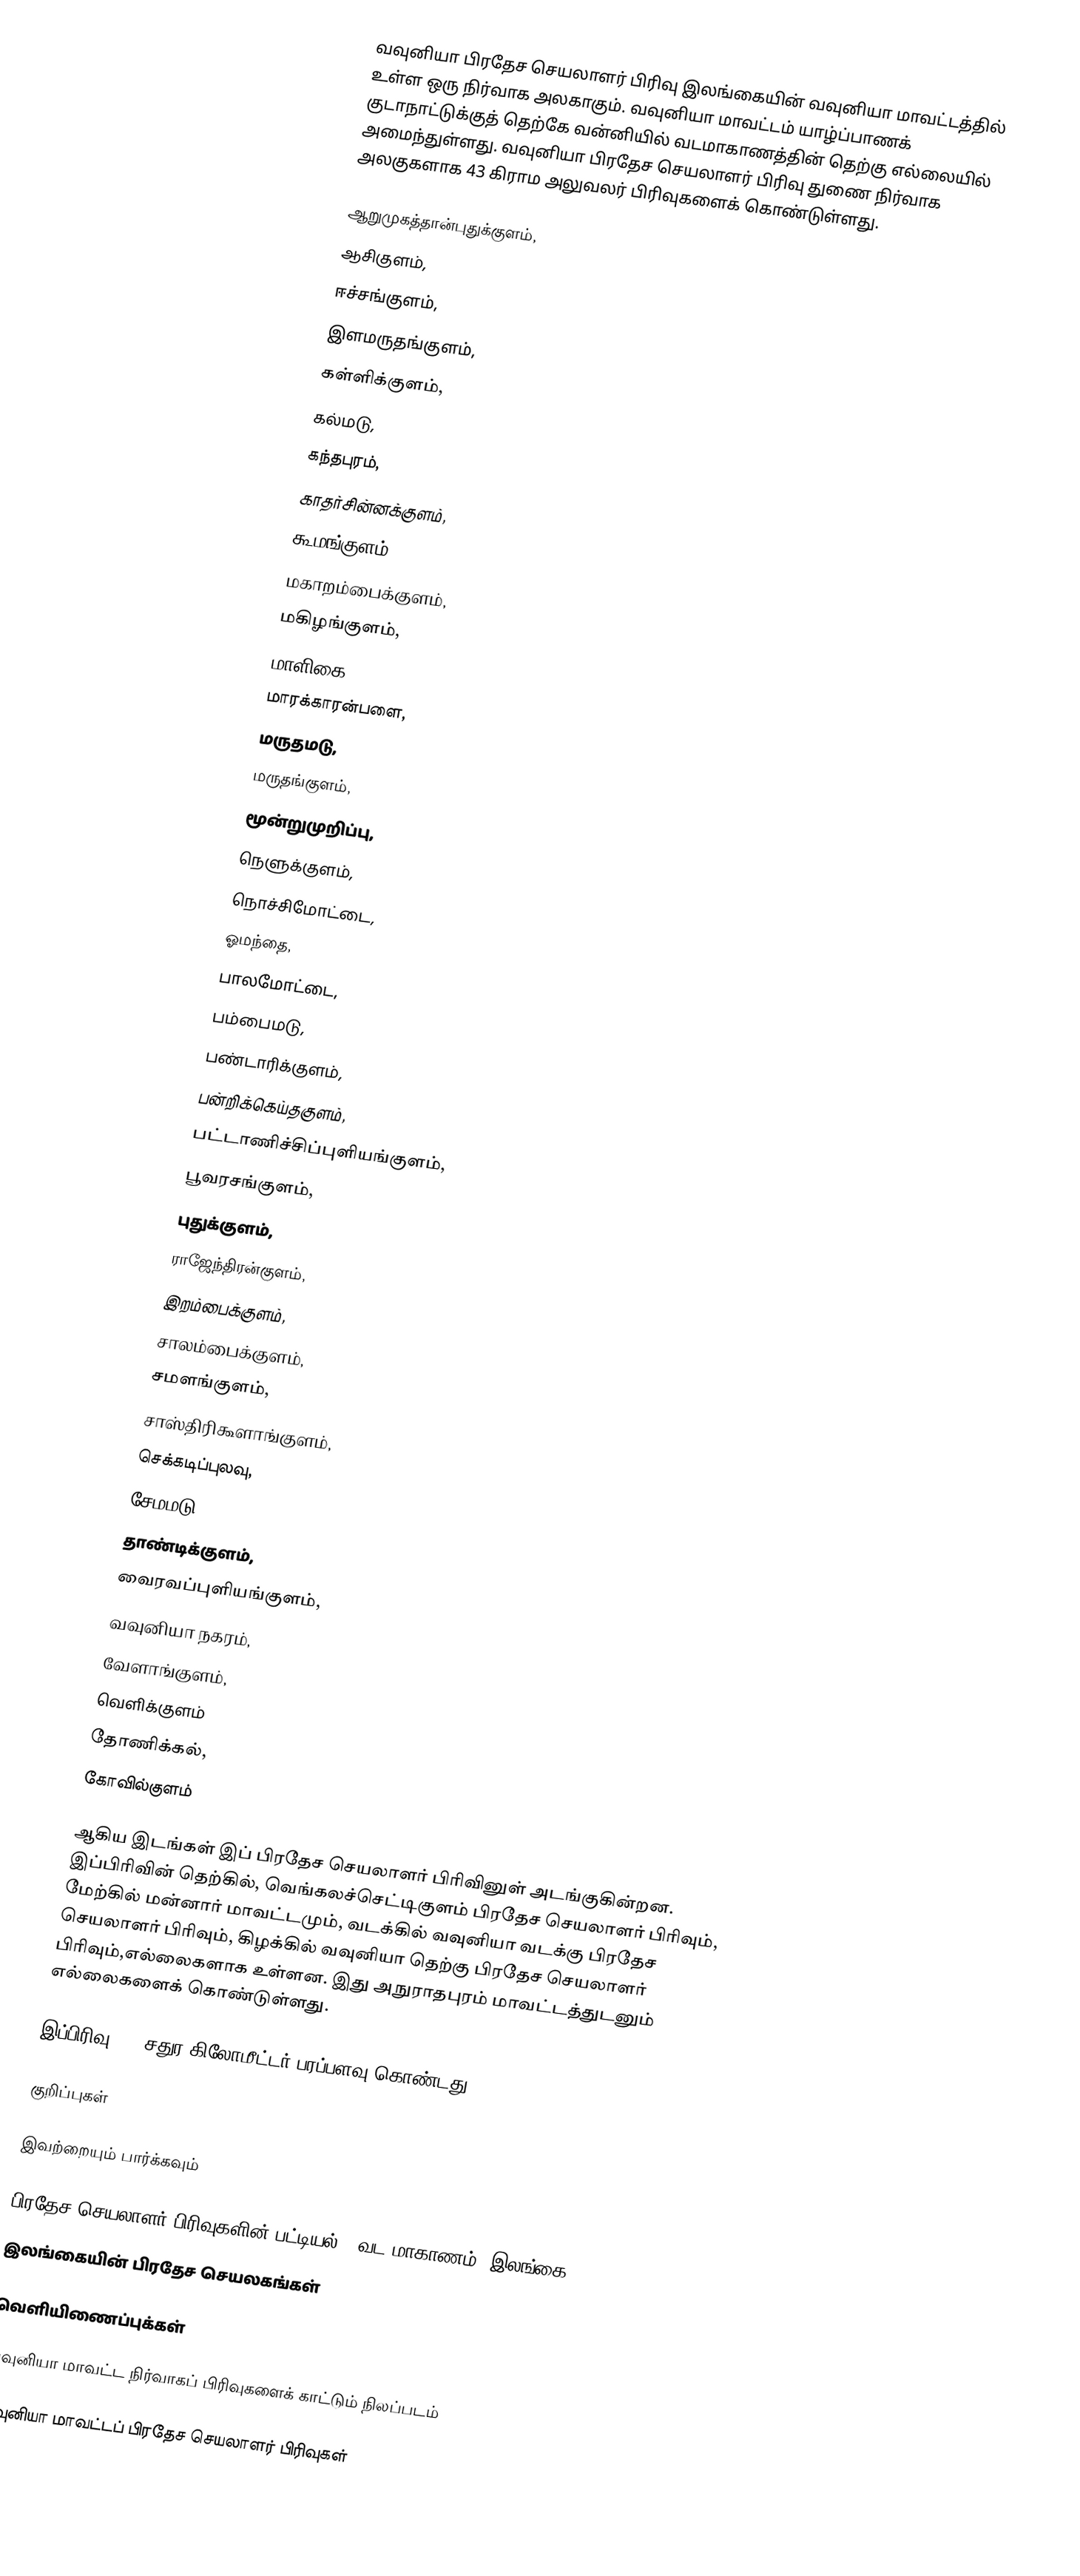
வவுனியா பிரதேச செயலாளர் பிரிவு இலங்கையின் வவுனியா மாவட்டத்தில் உள்ள ஒரு நிர்வாக அலகாகும். வவுனியா மாவட்டம் யாழ்ப்பாணக் குடாநாட்டுக்குத் தெற்கே வன்னியில் வடமாகாணத்தின் தெற்கு எல்லையில் அமைந்துள்ளது. வவுனியா பிரதேச செயலாளர் பிரிவு துணை நிர்வாக அலகுகளாக 43 கிராம அலுவலர் பிரிவுகளைக் கொண்டுள்ளது.

 ஆறுமுகத்தான்புதுக்குளம்,
 ஆசிகுளம்,
 ஈச்சங்குளம்,
 இளமருதங்குளம்,
 கள்ளிக்குளம்,
 கல்மடு,
 கந்தபுரம்,
 காதர்சின்னக்குளம்,
 கூமங்குளம்,
 மகாறம்பைக்குளம்,
 மகிழங்குளம்,
 மாளிகை,
 மாரக்காரன்பளை,
 மருதமடு,
 மருதங்குளம்,
 மூன்றுமுறிப்பு,
 நெளுக்குளம்,
 நொச்சிமோட்டை,
 ஓமந்தை,
 பாலமோட்டை,
 பம்பைமடு,
 பண்டாரிக்குளம்,
 பன்றிக்கெய்தகுளம்,
 பட்டாணிச்சிப்புளியங்குளம்,
 பூவரசங்குளம்,
 புதுக்குளம்,
 ராஜேந்திரன்குளம்,
 இறம்பைக்குளம்,
 சாலம்பைக்குளம்,
சமளங்குளம்,
 சாஸ்திரிகூளாங்குளம்,
 செக்கடிப்புலவு,
 சேமமடு,
 தாண்டிக்குளம்,
 வைரவப்புளியங்குளம்,
 வவுனியா நகரம்,
 வேளாங்குளம்,
 வெளிக்குளம்
 தோணிக்கல்,
 கோவில்குளம்

ஆகிய இடங்கள் இப் பிரதேச செயலாளர் பிரிவினுள் அடங்குகின்றன. இப்பிரிவின் தெற்கில், வெங்கலச்செட்டிகுளம் பிரதேச செயலாளர் பிரிவும், மேற்கில் மன்னார் மாவட்டமும், வடக்கில் வவுனியா வடக்கு பிரதேச செயலாளர் பிரிவும், கிழக்கில் வவுனியா தெற்கு பிரதேச செயலாளர் பிரிவும்,எல்லைகளாக உள்ளன. இது அநுராதபுரம் மாவட்டத்துடனும் எல்லைகளைக் கொண்டுள்ளது.

இப்பிரிவு 614 சதுர கிலோமீட்டர் பரப்பளவு கொண்டது.

குறிப்புகள்

இவற்றையும் பார்க்கவும்

 பிரதேச செயலாளர் பிரிவுகளின் பட்டியல் - வட மாகாணம், இலங்கை
 இலங்கையின் பிரதேச செயலகங்கள்

வெளியிணைப்புக்கள்

 வவுனியா மாவட்ட நிர்வாகப் பிரிவுகளைக் காட்டும் நிலப்படம்

வவுனியா மாவட்டப் பிரதேச செயலாளர் பிரிவுகள்